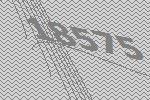
18575